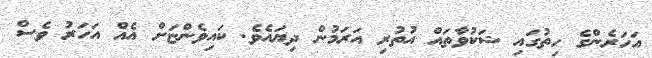
އަހަރެންގެ ހިތުގައި ޝަކުވާތައް އުތުރި އަރަމުން ދިޔައެވެ. ކައިވެންޏަށް އެއް އަހަރު ވެސް